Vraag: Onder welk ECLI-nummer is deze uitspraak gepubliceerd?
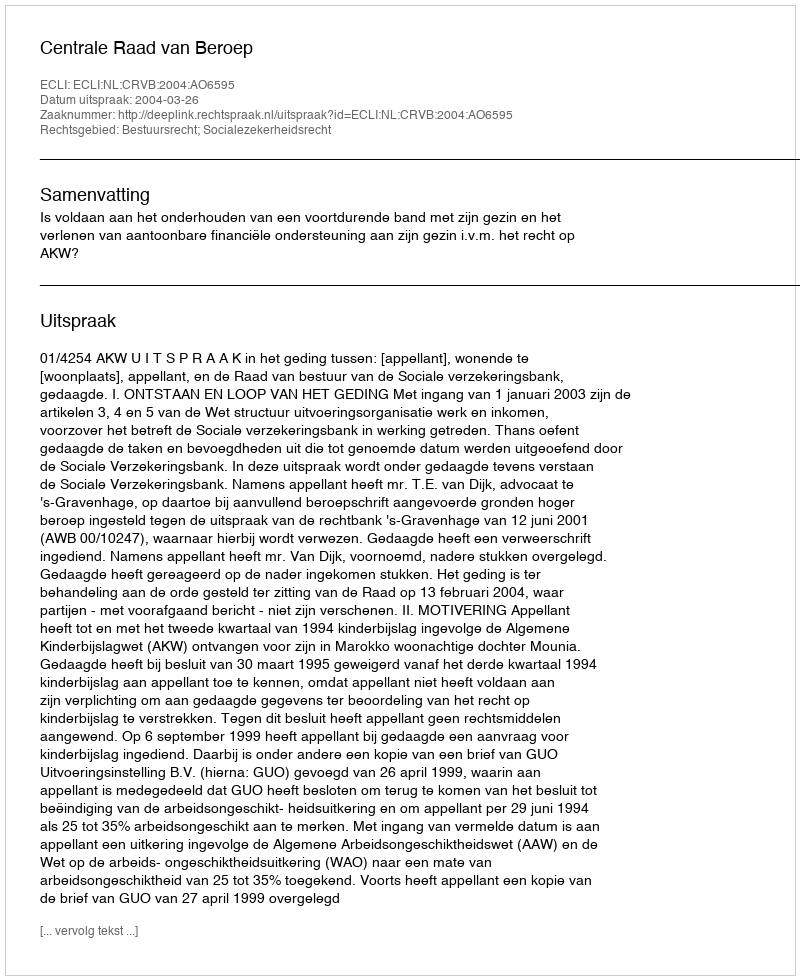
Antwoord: ECLI:NL:CRVB:2004:AO6595